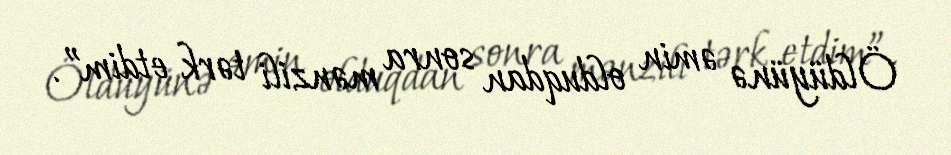
Öldüyünə əmin olduqdan sonra mənzili tərk etdim”.